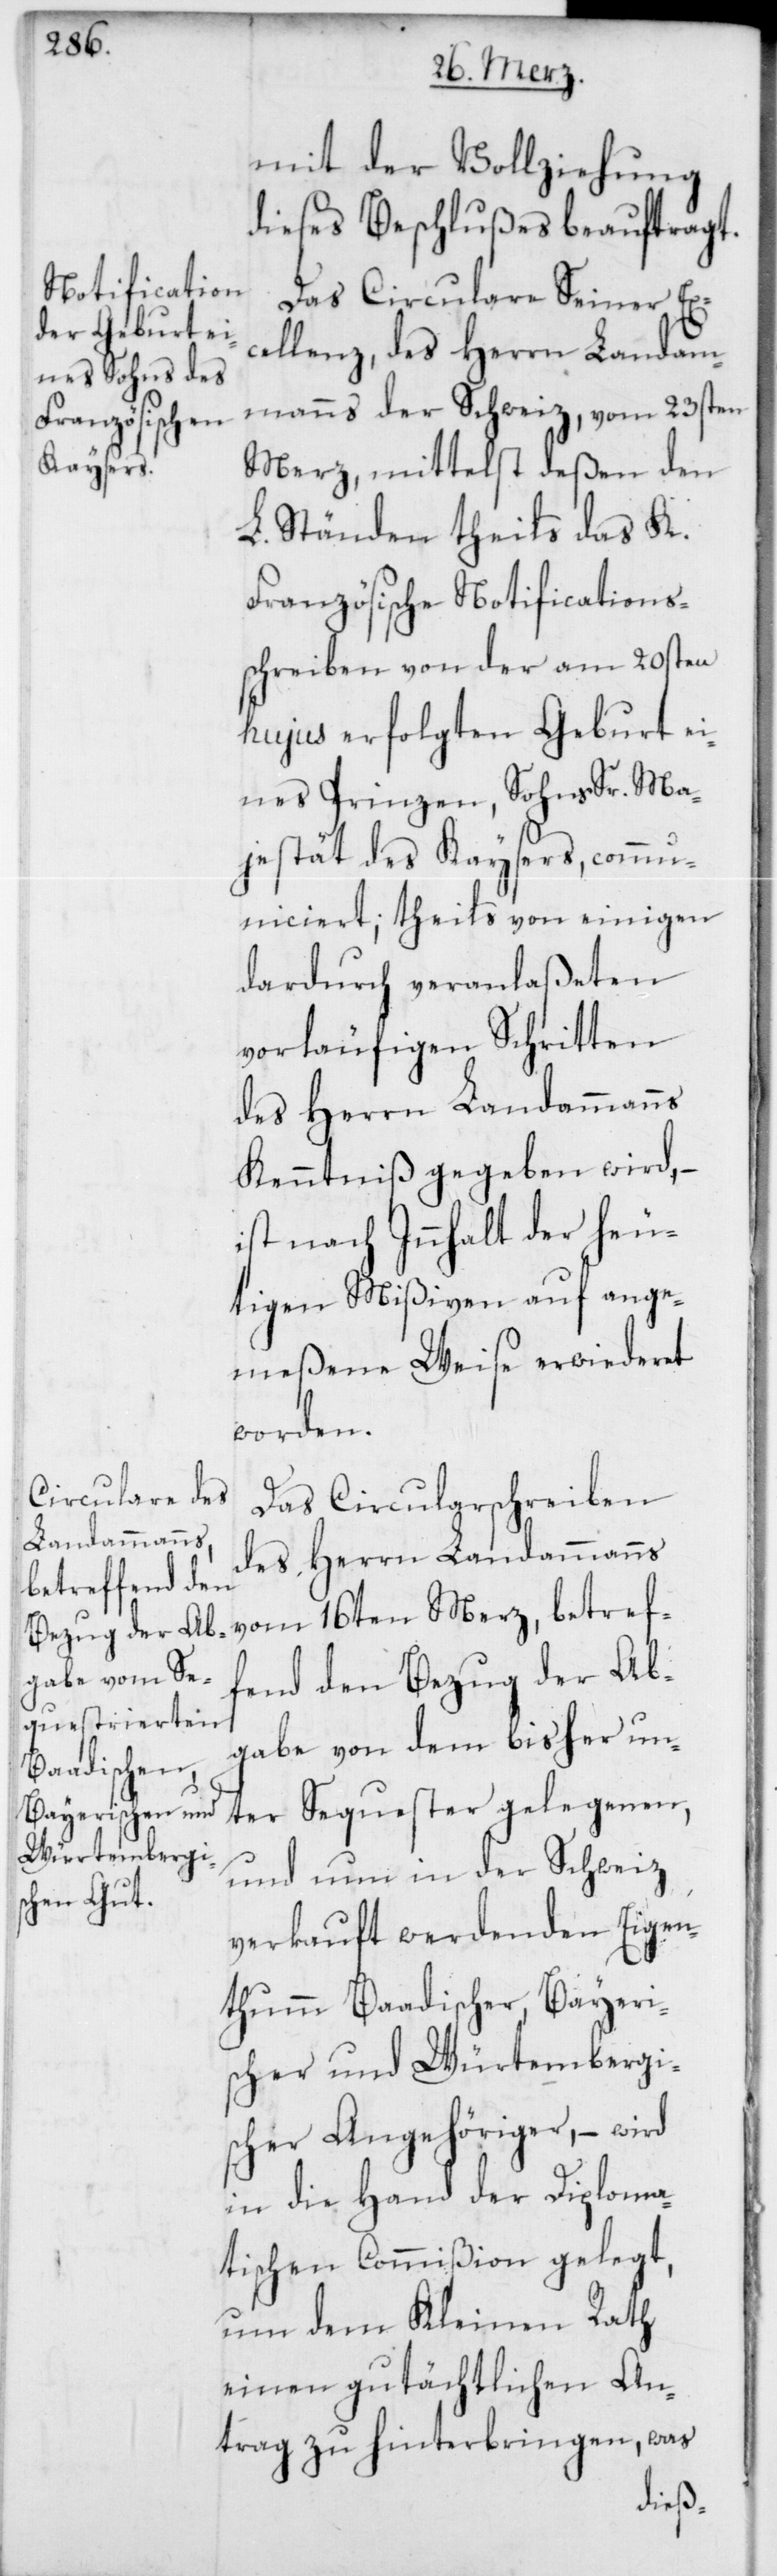
mit der Vollziehung
dieses Beschlußes beauftragt.
Das Circulare Seiner Exc¬
ellenz, des Herrn Landam¬
manns der Schweiz, vom 23ten
Merz, mittelst deßen den
L. Ständen theils das K.
Französische Notifications¬
schreiben von der am 20sten
hujus erfolgten Geburt ei¬
nes Prinzen, Sohns Sr. Ma¬
jestät des Kaysers, commu¬
niciert; theils von einigen
dardurch veranlaßeten
vorläufigen Schritten
des Herrn Landammanns
Kenntniß gegeben wird, –
ist nach Innhalt der heu¬
tigen Mißiven auf ange¬
meßene Weise erwiederet
worden.
Das Circularschreiben
des Herrn Landammanns
vom 16ten Merz, betref¬
fend den Bezug der Ab¬
gabe von dem bisher un¬
ter Sequester gelegenen,
und nun in der Schweiz
verkauft werdenden Eigen¬
thum Baadischer, Bayeri¬
scher und Würtembergi¬
scher Angehöriger, – wird
in die Hand der Diploma¬
tischen Commißion gelegt,
um dem Kleinen Rath
einen gutächtlichen An¬
trag zu hinterbringen, was